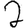
Digit: 2